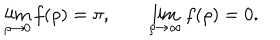
LaTeX: \lim _ { \rho \rightarrow 0 } f ( \rho ) = \pi , \qquad \lim _ { \rho \rightarrow \infty } f ( \rho ) = 0 .